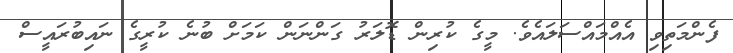
ފެންމަތިވި އެއްމައްސަލައެވެ. މީގެ ކުރިން ޑޮލަރު ގަންނަން ކަމަށް ބުނެ ކުރީގެ ނައިބުރައީސް